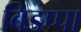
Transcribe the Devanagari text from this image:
बिडप्पा